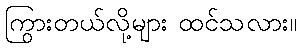
ကြွားတယ်လို့များ ထင်သလား။